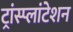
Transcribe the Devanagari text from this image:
ट्रांस्प्लांटेशन